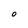
Character: O